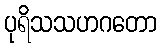
ပုရိသသဟဂတော